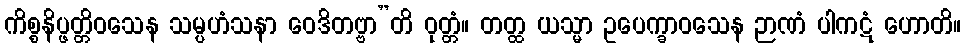
ကိစ္စနိပ္ဖတ္တိဝသေန သမ္ပဟံသနာ ဝေဒိတဗ္ဗာ”တိ ဝုတ္တံ။ တတ္ထ ယသ္မာ ဥပေက္ခာဝသေန ဉာဏံ ပါကဋံ ဟောတိ။